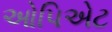
ઓપિએટ